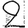
Digit: 2